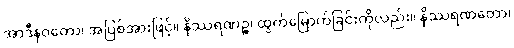
အာဒီနဝတော၊ အပြစ်အားဖြင့်။ နိဿရဏဉ္စ၊ ထွက်မြောက်ခြင်းကိုလည်း။ နိဿရဏတော၊